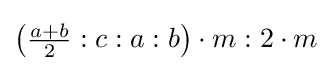
\left({\tfrac {a+b}{2}}:c:a:b\right)\cdot m:2\cdot m